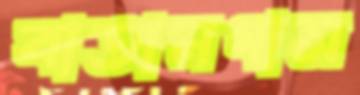
বাতানগাস